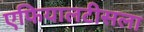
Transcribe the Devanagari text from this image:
एफियालटीसला